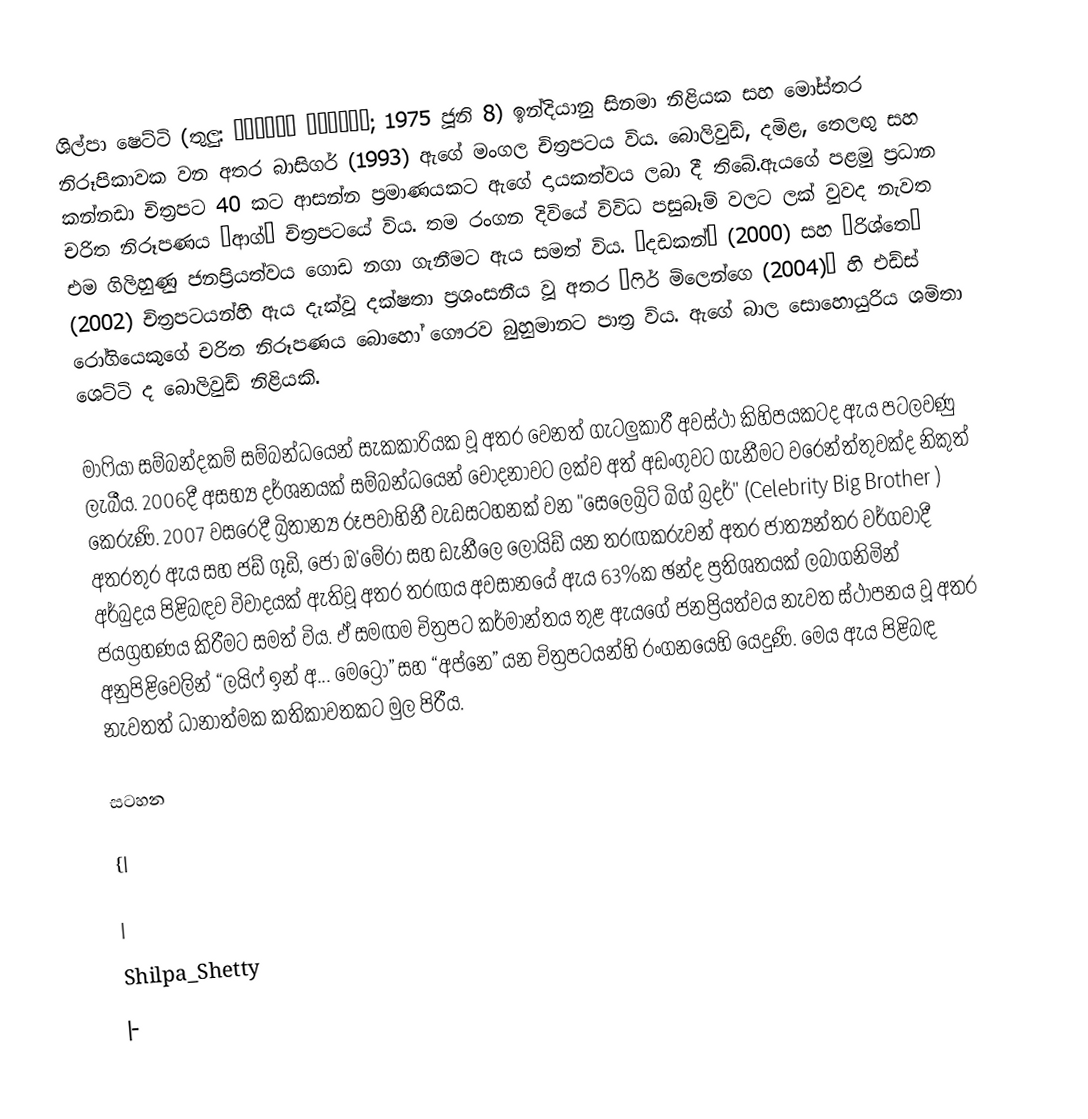
ශිල්පා ෂෙට්ටි (තුලු: ಶಿಲ್ಪಾ ಶೆಟ್ಟಿ; 1975 ජූනි 8) ඉන්දියානු සිනමා නිළියක සහ මෝස්තර නිරූපිකාවක වන අතර බාසිගර් (1993) ඇගේ මංගල චිත්‍රපටය විය. බොලිවුඩ්, දමිළ, තෙලඟු සහ කන්නඩා චිත්‍රපට 40 කට ආසන්න ප්‍රමාණයකට ඇගේ දායකත්වය ලබා දී තිබේ.ඇයගේ පළමු ප්‍රධාන චරිත නිරූපණය “ආග්” චිත්‍රපටයේ විය. තම රංගන දිවියේ විවිධ පසුබෑම් වලට ලක් වුවද නැවත එම ගිලිහුණු ජනප්‍රියත්වය ගොඩ නගා ගැනීමට ඇය සමත් විය. “දඩකන්” (2000) සහ “රිශ්තෙ” (2002) චිත්‍රපටයන්හි ඇය දැක්වූ දක්ෂතා ප්‍රශංසනීය වූ අතර “ෆිර් මිලෙන්ගෙ (2004)” හි එඩ්ස් රෝගියෙකුගේ චරිත නිරූපණය බොහෝ ගෞරව බුහුමානට පාත්‍ර විය. ඇගේ බාල සොහොයුරිය ශමිතා ශෙට්ටි ද බොලිවුඩ් නිළියකි.

මාෆියා සම්බන්දකම් සම්බන්ධයෙන් සැකකාරියක වූ අතර වෙනත් ගැටලුකාරී අවස්ථා කිහිපයකටද ඇය පටලවණු ලැබීය. 2006දී අසභ්‍ය දර්ශනයක් සම්බන්ධයෙන් චෝදනාවට ලක්ව අත් අඩංගුවට ගැනීමට වරෙන්ත්තුවක්ද නිකුත් කෙරුණි. 2007 වසරෙදී බ්‍රිතාන්‍ය රූපවාහිනී වැඩසටහනක් වන "සෙලෙබ්‍රිට් බිග් බ්‍රදර්" (Celebrity Big Brother ) අතරතුර ඇය සහ ජඩ් ගූඩි, ජො ඔ'මේරා සහ ඩැනීලෙ ලොයිඩ් යන තරඟකරුවන් අතර ජාත්‍යන්තර වර්ගවාදී අර්බුදය පිළිබඳව විවාදයක් ඇතිවූ අතර තරඟය අවසානයේ ඇය 63%ක ඡන්ද ප්‍රතිශතයක් ලබාගනිමින් ජයග්‍රහණය කිරීමට සමත් විය. ඒ සමඟම චිත්‍රපට කර්මාන්තය තුළ ඇයගේ ජනප්‍රියත්වය  නැවත ස්ථාපනය වූ අතර අනුපිළිවෙලින් “ලයිෆ් ඉන් අ... මෙට්‍රො” සහ “අප්නෙ” යන චිත්‍රපටයන්හි රංගනයෙහි යෙදුණි. මෙය ඇය පිළිබඳ නැවතත් ධානාත්මක කතිකාවතකට මුල පිරීය.

සටහන

{|

|
Shilpa_Shetty
|-